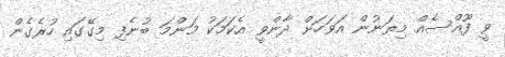
ވީ ފޫއްސެއް މިތަނުން އަވަހަށް ދާންވީ އެކަމަކު މަންމަ ބުނެފި މިގޭގައި ހުރެގެން